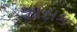
શાસક